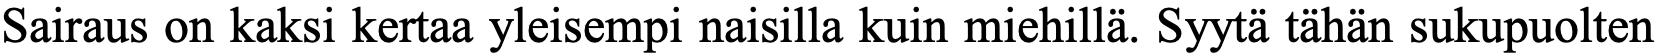
Sairaus on kaksi kertaa yleisempi naisilla kuin miehillä. Syytä tähän sukupuolten